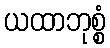
ယထာဘုစ္စံ